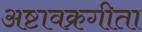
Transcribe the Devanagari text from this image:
अष्टावक्रगीता